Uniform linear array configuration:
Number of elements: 16
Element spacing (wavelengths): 0.5
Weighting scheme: blackman
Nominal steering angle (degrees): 60
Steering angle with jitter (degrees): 60.743
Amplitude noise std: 0.05
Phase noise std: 0.05

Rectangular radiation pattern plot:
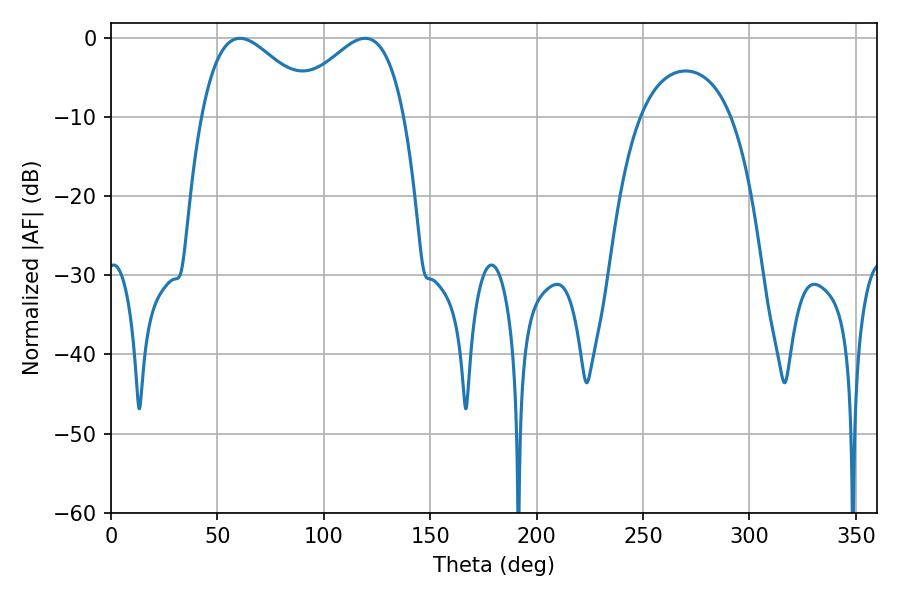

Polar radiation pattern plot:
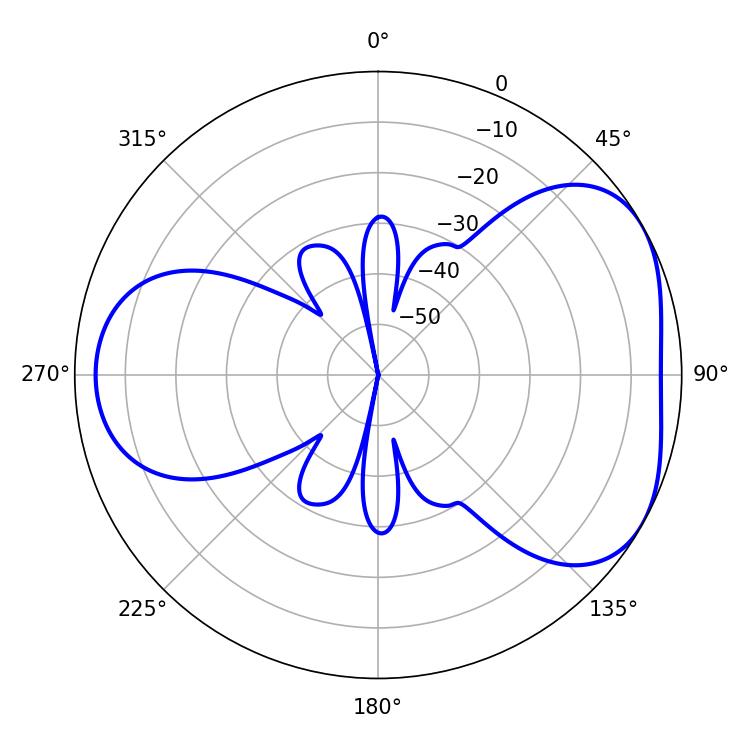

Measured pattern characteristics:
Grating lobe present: FALSE
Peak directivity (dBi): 4.426
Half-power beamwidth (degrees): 29.16
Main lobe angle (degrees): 60.66